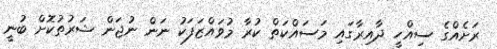
ރަށެއްގެ ސިއްހީ ދާއިރާގައި މަސައްކަތް ކުރާ މުވައްޒަފަކު ނަން ނުޖަން ޝަރުތުކޮށް ބުނީ